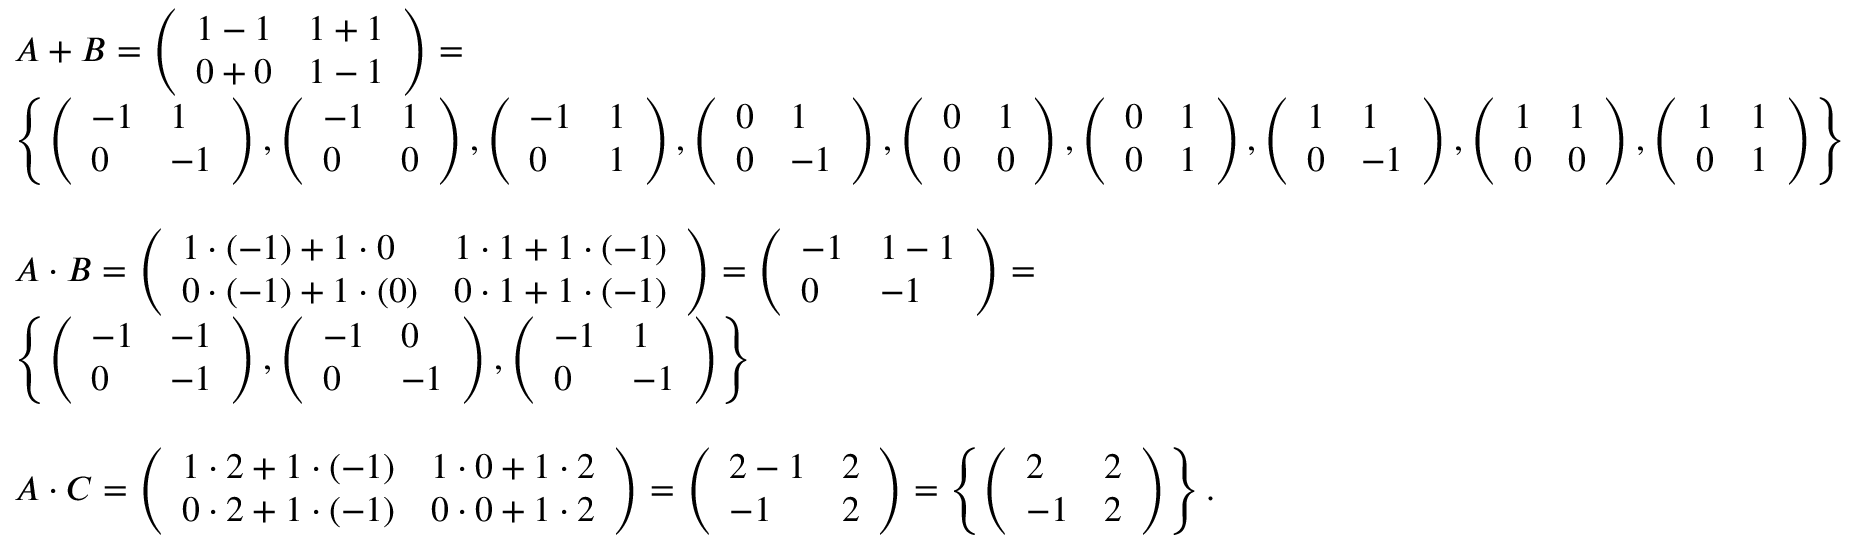
\begin{array} { r l } & { A + B = \left( \begin{array} { l l } { 1 - 1 } & { 1 + 1 } \\ { 0 + 0 } & { 1 - 1 } \end{array} \right) = } \\ & { \left\lbrace \left( \begin{array} { l l } { - 1 } & { 1 } \\ { 0 } & { - 1 } \end{array} \right) , \left( \begin{array} { l l } { - 1 } & { 1 } \\ { 0 } & { 0 } \end{array} \right) , \left( \begin{array} { l l } { - 1 } & { 1 } \\ { 0 } & { 1 } \end{array} \right) , \left( \begin{array} { l l } { 0 } & { 1 } \\ { 0 } & { - 1 } \end{array} \right) , \left( \begin{array} { l l } { 0 } & { 1 } \\ { 0 } & { 0 } \end{array} \right) , \left( \begin{array} { l l } { 0 } & { 1 } \\ { 0 } & { 1 } \end{array} \right) , \left( \begin{array} { l l } { 1 } & { 1 } \\ { 0 } & { - 1 } \end{array} \right) , \left( \begin{array} { l l } { 1 } & { 1 } \\ { 0 } & { 0 } \end{array} \right) , \left( \begin{array} { l l } { 1 } & { 1 } \\ { 0 } & { 1 } \end{array} \right) \right\rbrace } \\ { \qquad } \\ & { A \cdot B = \left( \begin{array} { l l } { 1 \cdot ( - 1 ) + 1 \cdot 0 } & { 1 \cdot 1 + 1 \cdot ( - 1 ) } \\ { 0 \cdot ( - 1 ) + 1 \cdot ( 0 ) } & { 0 \cdot 1 + 1 \cdot ( - 1 ) } \end{array} \right) = \left( \begin{array} { l l } { - 1 } & { 1 - 1 } \\ { 0 } & { - 1 } \end{array} \right) = } \\ & { \left\lbrace \left( \begin{array} { l l } { - 1 } & { - 1 } \\ { 0 } & { - 1 } \end{array} \right) , \left( \begin{array} { l l } { - 1 } & { 0 } \\ { 0 } & { - 1 } \end{array} \right) , \left( \begin{array} { l l } { - 1 } & { 1 } \\ { 0 } & { - 1 } \end{array} \right) \right\rbrace } \\ { \qquad } \\ & { A \cdot C = \left( \begin{array} { l l } { 1 \cdot 2 + 1 \cdot ( - 1 ) } & { 1 \cdot 0 + 1 \cdot 2 } \\ { 0 \cdot 2 + 1 \cdot ( - 1 ) } & { 0 \cdot 0 + 1 \cdot 2 } \end{array} \right) = \left( \begin{array} { l l } { 2 - 1 } & { 2 } \\ { - 1 } & { 2 } \end{array} \right) = \left\lbrace \left( \begin{array} { l l } { 2 } & { 2 } \\ { - 1 } & { 2 } \end{array} \right) \right\rbrace . } \end{array}